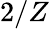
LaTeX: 2/Z